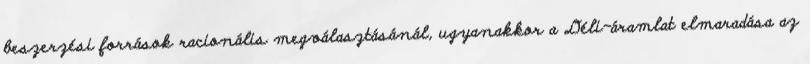
beszerzési források racionális megválasztásánál, ugyanakkor a Déli-áramlat elmaradása az